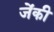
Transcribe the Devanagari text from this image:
जेंकी